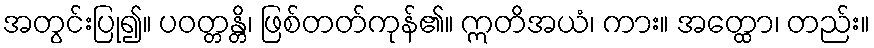
အတွင်းပြု၍။ ပဝတ္တန္တိ၊ ဖြစ်တတ်ကုန်၏။ ဣတိအယံ၊ ကား။ အတ္ထော၊ တည်း။